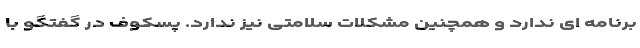
برنامه ای ندارد و همچنین مشکلات سلامتی نیز ندارد. پسکوف در گفتگو با